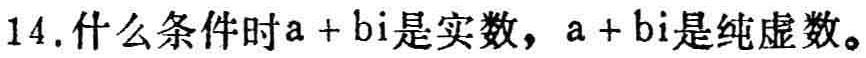
14. 什么条件时\(a + bi\)是实数，\(a + bi\)是纯虚数。